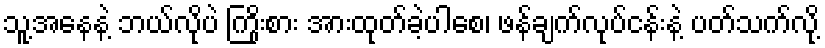
သူ့အနေနဲ့ ဘယ်လိုပဲ ကြိုးစား အားထုတ်ခဲ့ပါစေ၊ ဖန်ချက်လုပ်ငန်းနဲ့ ပတ်သက်လို့